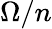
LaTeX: \Omega/n